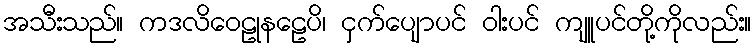
အသီးသည်။ ကဒလိဝေဠုနဠေပိ၊ ငှက်ပျောပင် ဝါးပင် ကျူပင်တို့ကိုလည်း။